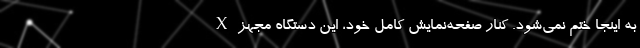
X به اینجا ختم نمی‌شود. کنار صفحه‌نمایش کامل خود، این دستگاه مجهز